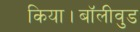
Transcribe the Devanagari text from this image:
किया।बॉलीवुड